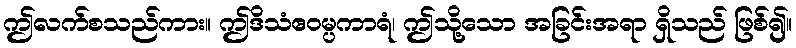
ဤလက်စသည်ကား။ ဤဒိသံဧဝမ္ပကာရံ၊ ဤသို့သော အခြင်းအရာ ရှိသည် ဖြစ်၍။